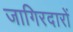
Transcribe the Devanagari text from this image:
जागिरदारों